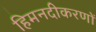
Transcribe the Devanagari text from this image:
हिमनदीकरणों